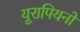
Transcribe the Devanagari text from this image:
यूरापियनों